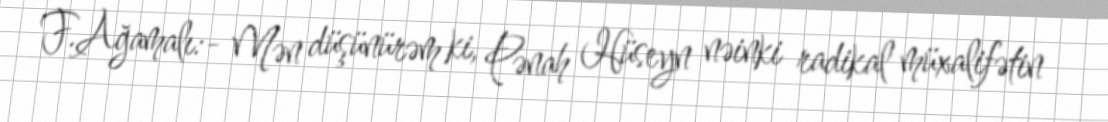
F.Ağamalı:- Mən düşünürəm ki, Pənah Hüseyn nəinki radikal müxalifətin